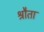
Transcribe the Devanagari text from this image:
श्रौता